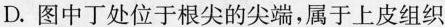
D.图中丁处位于根尖的尖端，属于上皮组织